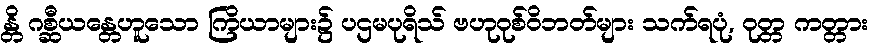
န္တိ ဂစ္ဆီယန္တေဟူသော ကြိယာများ၌ ပဌမပုရိသ် ဗဟုဝုစ်ဝိဘတ်များ သက်ရပုံ, ဝုတ္တ ကတ္တား